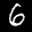
Label: 6